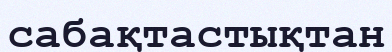
сабақтастықтан